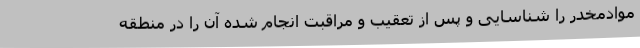
موادمخدر را شناسایی و پس از تعقیب و مراقبت انجام شده آن را در منطقه